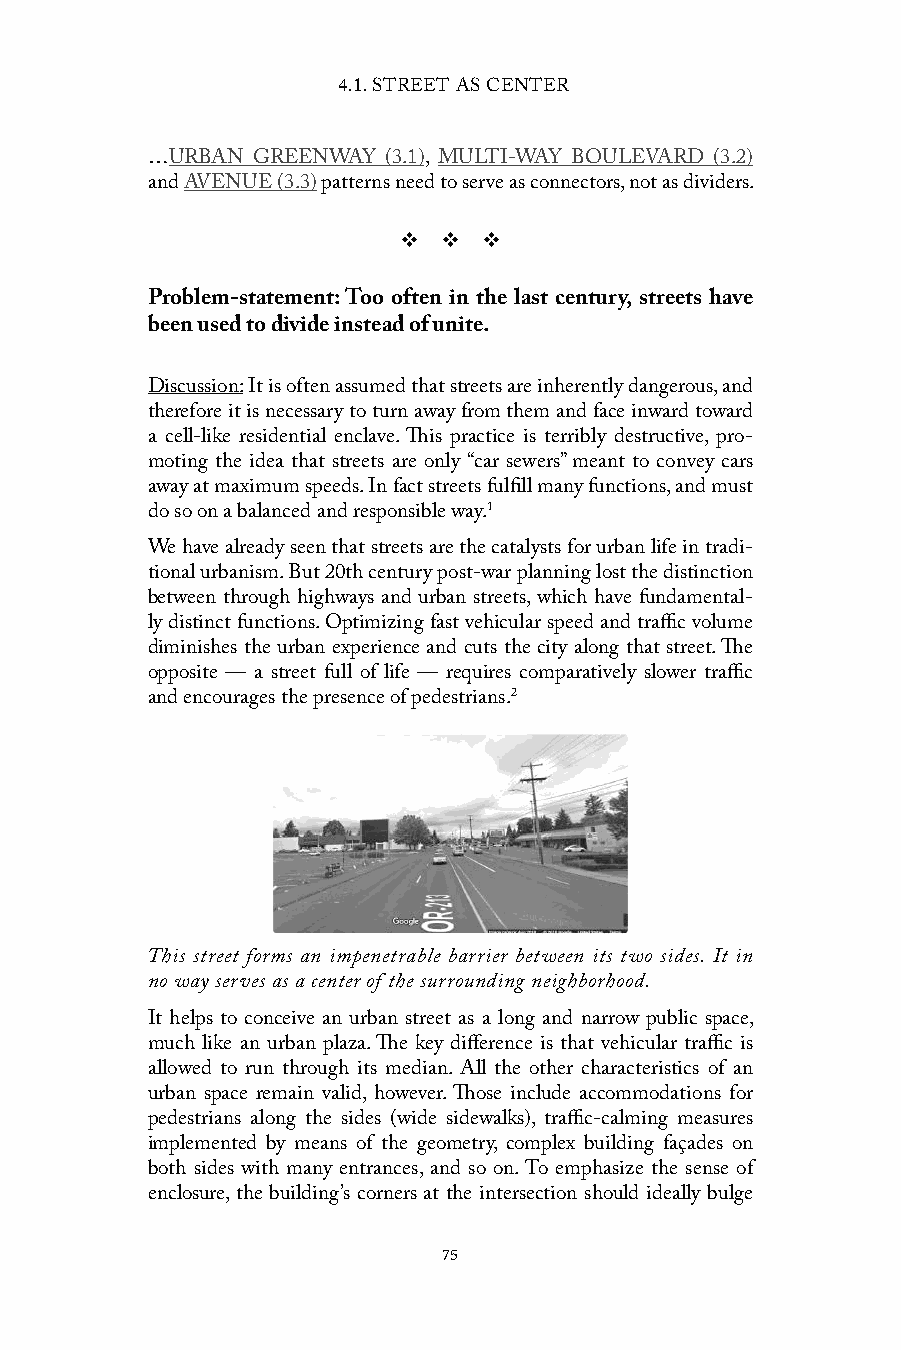
4.1. STREET AS CENTER
 …URBAN GREENWAY (3.1), MULTI-WAY BOULEVARD (3.2)
 and AVENUE (3.3) patterns need to serve as connectors, not as dividers.
 v  v  v
 Problem-statement: Too often in the last century, streets have
 been used to divide instead of unite.
 Discussion: It is often assumed that streets are inherently dangerous, and
 therefore it is necessary to turn away from them and face inward toward
 a cell-like residential enclave. This practice is terribly destructive, pro-
 moting the idea that streets are only “car sewers” meant to convey cars
 away at maximum speeds. In fact streets fulfill many functions, and must
 do so on a balanced and responsible way.1
 We have already seen that streets are the catalysts for urban life in tradi-
 tional urbanism. But 20th century post-war planning lost the distinction
 between through highways and urban streets, which have fundamental-
 ly distinct functions. Optimizing fast vehicular speed and traffic volume
 diminishes the urban experience and cuts the city along that street. The
 opposite — a street full of life — requires comparatively slower traffic
 and encourages the presence of pedestrians.2
 This street forms an impenetrable barrier between its two sides. It in
 no way serves as a center of the surrounding neighborhood.
 It helps to conceive an urban street as a long and narrow public space,
 much like an urban plaza. The key difference is that vehicular traffic is
 allowed to run through its median. All the other characteristics of an
 urban space remain valid, however. Those include accommodations for
 pedestrians along the sides (wide sidewalks), traffic-calming measures
 implemented by means of the geometry, complex building façades on
 both sides with many entrances, and so on. To emphasize the sense of
 enclosure, the building’s corners at the intersection should ideally bulge
 75